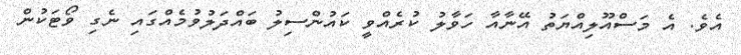
އެވެ. އެ މަސްއޫލިއްޔަތު އޭނާއާ ހަވާލު ކުރެއްވީ ކައުންސިލު ބައްދަލުވުމެއްގައި ނެގި ވޯޓަކުން